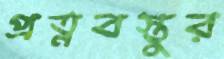
প্রত্নবস্তুর